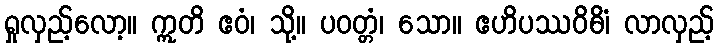
ရှုလှည့်လော့။ ဣတိ ဧဝံ၊ သို့။ ပဝတ္တံ၊ သော။ ဧဟိပဿဝိဓိံ၊ လာလှည့်